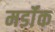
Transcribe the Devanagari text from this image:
मर्डॉक